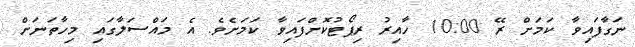
ނަގާފައިވާ ކަމަށް ރޭ 10:00 ހާއިރު ރިޕޯޓުކޮށްފައިވާ ކަމަށެވެ. އެ މައްސަލާގައި މިހާތަނަށް